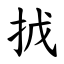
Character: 㧔